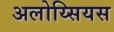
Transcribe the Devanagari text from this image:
अलोय्सियस